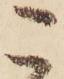
こ